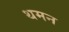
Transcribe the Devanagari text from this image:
थमन